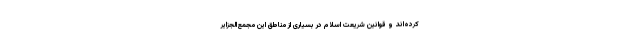
کرده‌اند و قوانین شریعت اسلام در بسیاری از مناطق این مجمع‌الجزایر